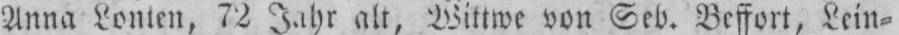
Anna Lonten, 72 Jahr alt, Wittwe von Geb. Beffort, Lein⸗